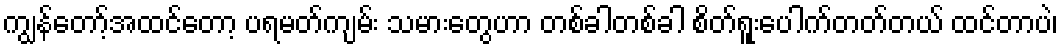
ကျွန်တော့်အထင်တော့ ပရမတ်ကျမ်း သမားတွေဟာ တစ်ခါတစ်ခါ စိတ်ရူးပေါက်တတ်တယ် ထင်တာပဲ၊